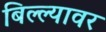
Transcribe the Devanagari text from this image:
बिल्ल्यावर